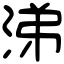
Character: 涕